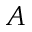
A